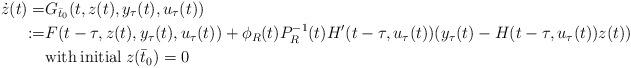
LaTeX: \begin{align*}\dot{z}(t)=&G_{\bar{t}_{0}}(t,z(t),y_{\tau}(t),u_{\tau}(t))\\:=&F(t-\tau,z(t),y_{\tau}(t),u_{\tau}(t))+\phi_{R}(t)P_{R}^{-1}(t)H'(t-\tau,u_{\tau}(t))(y_{\tau}(t)-H(t-\tau,u_{\tau}(t))z(t)) \\&{\rm with}\: {\rm initial}\: z(\bar{t}_{0})=0 \end{align*}